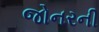
જોનરની